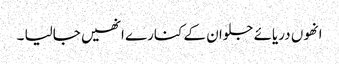
انھوں دریائے جلوان کے کنارے انھیں جالیا ۔